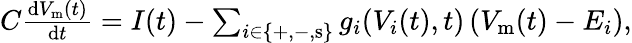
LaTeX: \begin{array}{r}{C\frac{\mathrm{d}V_{\mathrm{m}}(t)}{\mathrm{d}t}=I(t)-\sum_{i\in\left\{ +,-,\mathrm{s}\right\} }g_{i}(V_{i}(t),t)\left(V_{\mathrm{m}}(t)-E_{i}\right),}\end{array}